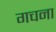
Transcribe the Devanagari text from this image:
गचना